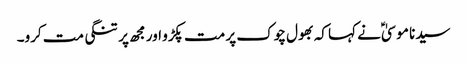
سیدنا موسیٰؑ نے کہا کہ بھول چوک پر مت پکڑو اور مجھ پر تنگی مت کرو۔